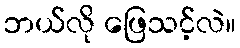
ဘယ်လို ဖြေသင့်လဲ။